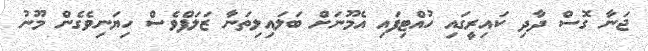
ޖަނާ ގޮސް ދާދި ކައިރީގައި ހުއްޓިފައި އެމޫނަށް ބަލައިލިތަނާ ޒަލަފްވެސް ހިޔަނިވެގެން މޫނު